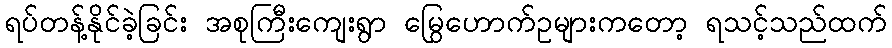
ရပ်တန့်နိုင်ခဲ့ခြင်း အစုကြီးကျေးရွာ မြွေဟောက်ဥများကတော့ ရသင့်သည်ထက်